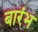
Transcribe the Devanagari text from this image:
बारंभ